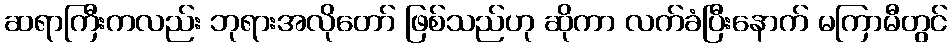
ဆရာကြီးကလည်း ဘုရားအလိုတော် ဖြစ်သည်ဟု ဆိုကာ လက်ခံပြီးနောက် မကြာမီတွင်